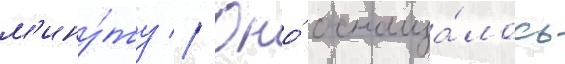
м'ину́ту // Оно́ оснаща́лось